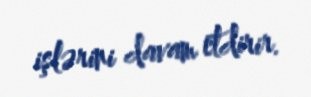
işlərini davam etdirir.